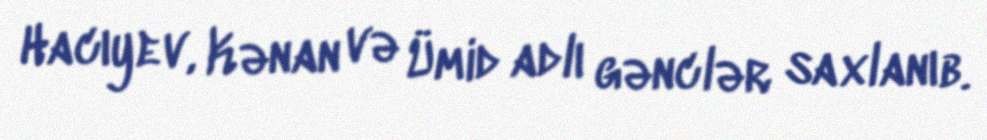
Hacıyev, Kənan və Ümid adlı gənclər saxlanıb.